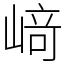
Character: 﨑